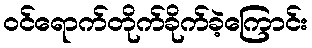
ဝင်ရောက်တိုက်ခိုက်ခဲ့ကြောင်း